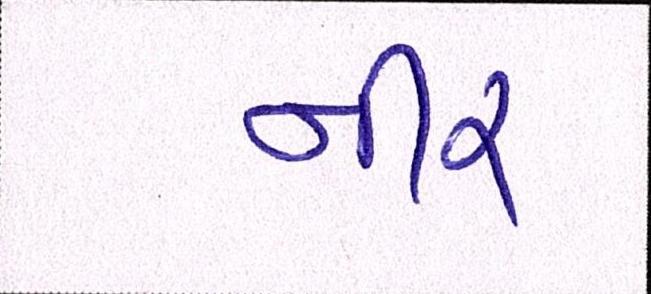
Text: નીર